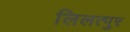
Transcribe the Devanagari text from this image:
लिलत्पुर